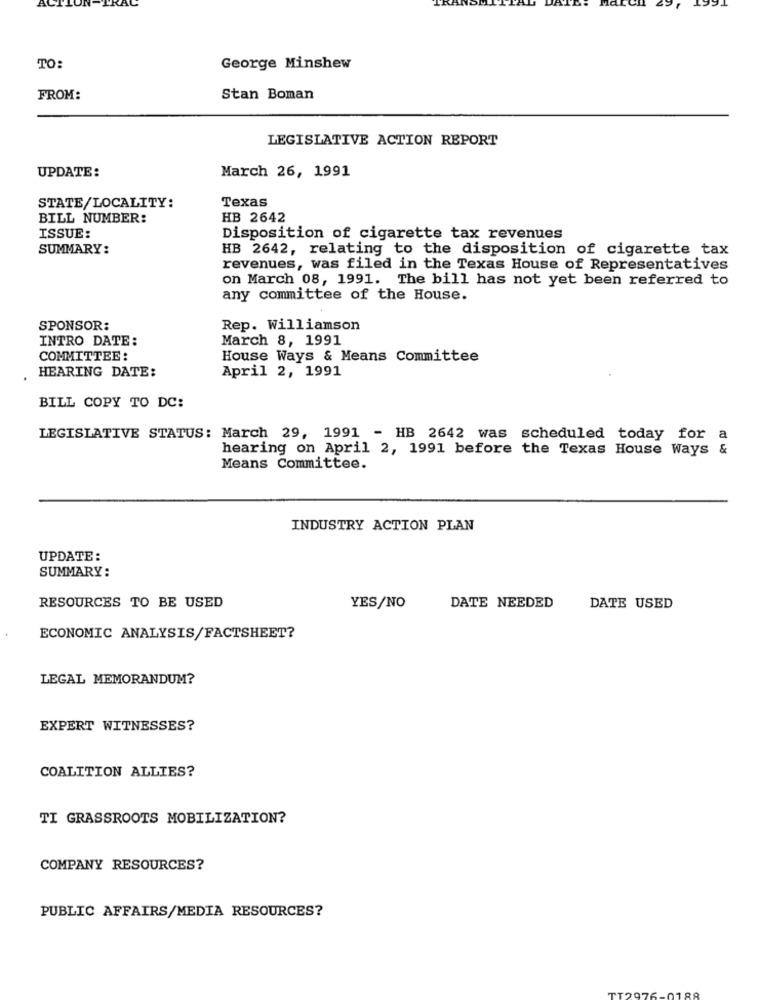
AC
LON
TO:
George Minshew
FROM:
Stan Boman
LEGISLATIVE ACTION REPORT
UPDATE:
March 26, 1991
Texas
STATE/LOCALITY:
BILL NUMBER:
HB 2642
ISSUE:
Disposition of cigarette tax revenues
SUMMARY:
HB 2642, relating to the disposition of cigarette tax
revenues, was filed in the Texas House of Representatives
on March 08, 1991. The bill has not yet been referred to
any committee of the House.
SPONSOR:
Rep. Williamson
INTRO DATE:
March 8, 1991
COMMITTEE :
House Ways & Means Committee
HEARING DATE:
April 2, 1991
BILL COPY TO DC:
LEGISLATIVE STATUS: March 29, 1991 - HB 2642 was scheduled today for a
hearing on April 2, 1991 before the Texas House Ways &
Means Committee.
INDUSTRY ACTION PLAN
UPDATE:
SUMMARY:
RESOURCES TO BE USED
YES/NO
DATE NEEDED
DATE USED
ECONOMIC ANALYSIS/FACTSHEET?
LEGAL MEMORANDUM?
EXPERT WITNESSES?
COALITION ALLIES?
TI GRASSROOTS MOBILIZATION?
COMPANY RESOURCES?
PUBLIC AFFAIRS/MEDIA RESOURCES?
180